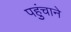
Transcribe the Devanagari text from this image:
पहुुंचाने